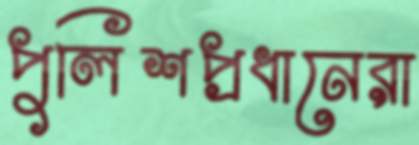
পুলিশপ্রধানেরা